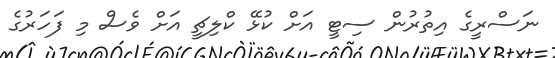
ނަސްރީގެ އިތުރުން ސިޓީ އަށް ކުޅޭ ކްލިޗީ އަށް ވެސް މި ފަހަރުގެ